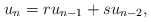
\begin{align*} u_n=ru_{n-1}+su_{n-2},\end{align*}